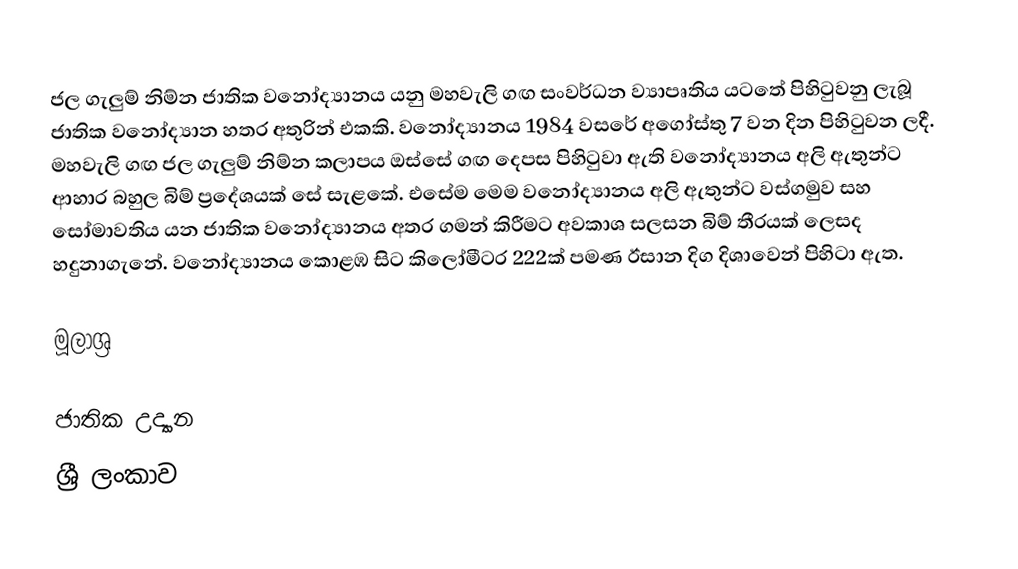
ජල ගැලුම් නිම්න ජාතික වනෝද්‍යානය යනු මහවැලි ගඟ සංවර්ධන ව්‍යාපෘතිය යටතේ පිහිටුවනු ලැබූ ජාතික වනෝද්‍යාන හතර අතුරින් එකකි. වනෝද්‍යානය 1984 වසරේ අගෝස්තු 7 වන දින පිහිටුවන ලදී. මහවැලි ගඟ ජල ගැලුම් නිම්න කලාපය ඔස්සේ ගඟ දෙපස පිහිටුවා ඇති වනෝද්‍යානය අලි ඇතුන්ට ආහාර බහුල බිම් ප්‍රදේශයක් සේ සැළකේ. එසේම මෙම වනෝද්‍යානය අලි ඇතුන්ට වස්ගමුව සහ සෝමාවතිය යන ජාතික වනෝද්‍යානය අතර ගමන් කිරීමට අවකාශ සලසන බිම් තීරයක් ලෙසද හදුනාගැනේ. වනෝද්‍යානය කොළඹ සිට කිලෝමීටර 222ක් පමණ ඊසාන දිග දිශාවෙන් පිහිටා ඇත.

මූලාශ්‍ර

ජාතික උද්‍යාන
ශ්‍රී ලංකාව